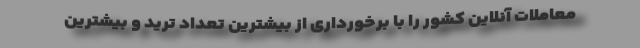
معاملات آنلاین کشور را با برخورداری از بیشترین تعداد ترید و بیشترین